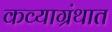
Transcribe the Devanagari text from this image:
कव्याग्रंथात